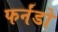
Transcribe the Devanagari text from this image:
फर्नंडो